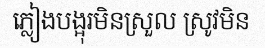
ភ្លៀងបង្អុរមិនស្រួល ស្រូវមិន